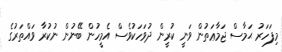
މިފަހަރު ޙަމާސް ޖަމާޢަތުން ވަނީ ކުރީން ދުވަހަކުވެސް އެމީހުން ބޭނުން ނުކުރާ ވައްތަރުގެ